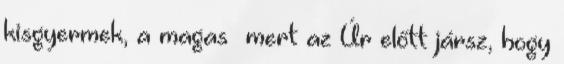
kisgyermek, a magas− mert az Úr előtt jársz, hogy